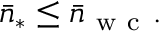
\bar { n } _ { \ast } \leq \bar { n } _ { \mathrm { ~ w ~ c ~ } } .